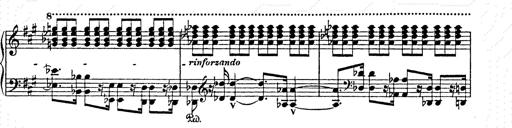
Title: AnnÃ©es de pÃ¨lerinage II
Composer: Franz Liszt